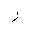
Letter: _ra